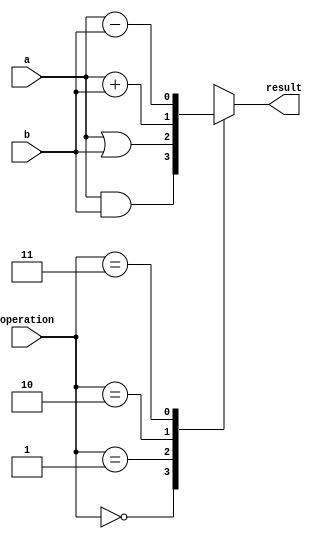
module ALU_1_bit(
  input a,
  input b, 
  input [1:0] operation, // We have four possible operations, so we need two bits,
  						 // 2^2 = 4. 4 = four operations
  output reg result
);

  always@(a or b or operation) // @ - this is event control.
    begin
      case (operation)
        2'b00:  result = a & b; // AND
        2'b01:  result = a | b; // OR
        2'b10:  result = a + b; // ADD
        2'b11:  result = a - b; // SUB
      endcase
    end
endmodule